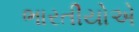
ભારતીયોએ